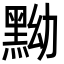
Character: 黝